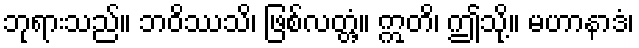
ဘုရားသည်။ ဘဝိဿသိ၊ ဖြစ်လတ္တံ့။ ဣတိ၊ ဤသို့။ မဟာနာဒံ၊